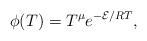
LaTeX: \begin{align*}\phi(T)=T^{\mu}e^{-\mathcal{E}/RT},\end{align*}